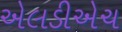
એલડીએચ